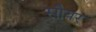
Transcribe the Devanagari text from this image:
सौयर